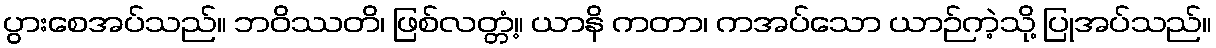
ပွားစေအပ်သည်။ ဘဝိဿတိ၊ ဖြစ်လတ္တံ့။ ယာနိ ကတာ၊ ကအပ်သော ယာဉ်ကဲ့သို့ ပြုအပ်သည်။